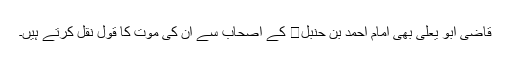
قاضی ابو یعلیٰ بھی امام احمد بن حنبل کے اصحاب سے ان کی موت کا قول نقل کرتے ہیں۔